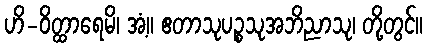
ဟိ-ဝိတ္ထာရေမိ၊ အံ့။ ဧတာသုပဉ္စသုအဘိညာသု၊ တို့တွင်။